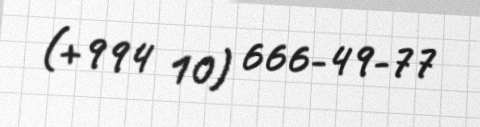
(+994 10) 666-49-77